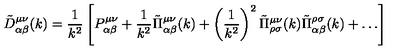
\tilde { D } _ { \alpha \beta } ^ { \mu \nu } ( k ) = \frac 1 { k ^ { 2 } } \left[ P _ { \alpha \beta } ^ { \mu \nu } + \frac 1 { k ^ { 2 } } \tilde { \Pi } _ { \alpha \beta } ^ { \mu \nu } ( k ) + \left( \frac 1 { k ^ { 2 } } \right) ^ { 2 } \tilde { \Pi } _ { \rho \sigma } ^ { \mu \nu } ( k ) \tilde { \Pi } _ { \alpha \beta } ^ { \rho \sigma } ( k ) + \dots \right]